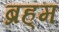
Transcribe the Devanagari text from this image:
ब्रह्‌म